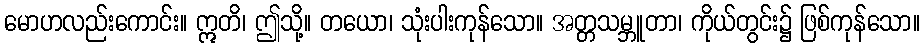
မောဟလည်းကောင်း။ ဣတိ၊ ဤသို့။ တယော၊ သုံးပါးကုန်သော။ အတ္တသမ္ဘူတာ၊ ကိုယ်တွင်း၌ ဖြစ်ကုန်သော။